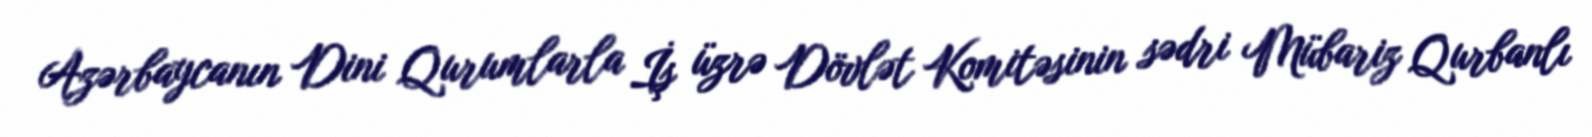
Azərbaycanın Dini Qurumlarla İş üzrə Dövlət Komitəsinin sədri Mübariz Qurbanlı